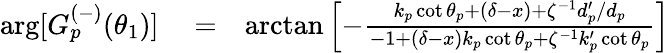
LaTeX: \begin{array}{rlr}{\arg[G_{p}^{(-)}(\theta_{1})]}&{{}=}&{\arctan\left[-\frac{k_{p}\cot\theta_{p}+\left(\delta-x\right)+\zeta^{-1}d_{p}^{\prime}/d_{p}}{-1+\left(\delta-x\right)k_{p}\cot\theta_{p}+\zeta^{-1}k_{p}^{\prime}\cot\theta_{p}}\right]}\end{array}